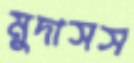
মুদাসস